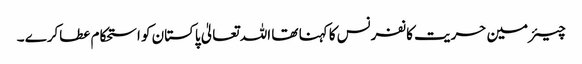
چیئرمین حریت کانفرنس کا کہنا تھا اللہ تعالیٰ پاکستان کو استحکام عطاکرے ۔